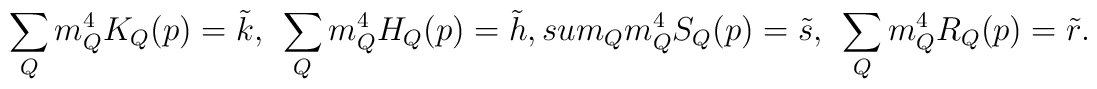
\sum_{Q}m_Q^4K_Q(p)=\tilde{k},\ \ \sum_{Q}m_Q^4H_Q(p)=\tilde{h},\ \\sum_{Q}m_Q^4S_Q(p)=\tilde{s}, \ \ \sum_{Q}m_Q^4R_Q(p)=\tilde{r}.